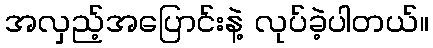
အလှည့်အပြောင်းနဲ့ လုပ်ခဲ့ပါတယ်။